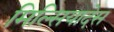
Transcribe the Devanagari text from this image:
मिल्सियादेस